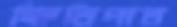
ক্ষিতিপাল